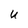
Character: U